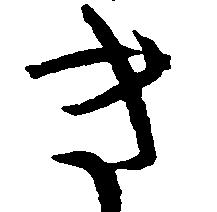
き